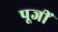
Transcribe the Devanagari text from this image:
पूजीं